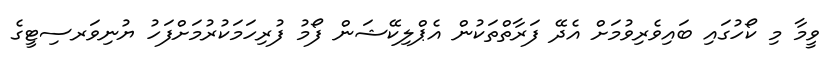
ވީމާ މި ކޯހުގައި ބައިވެރިވުމަށް އެދޭ ފަރާތްތަކުން އެޕްލިކޭޝަން ފޯމު ފުރިހަމަކުރުމަށްފަހު ޔުނިވަރސިޓީގެ